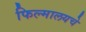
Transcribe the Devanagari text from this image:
फिल्मालयचे